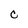
Character: C